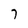
Character: 7